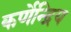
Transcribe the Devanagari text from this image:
कर्णेन्द्रिय